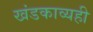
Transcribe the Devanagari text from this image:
खंडकाव्यही